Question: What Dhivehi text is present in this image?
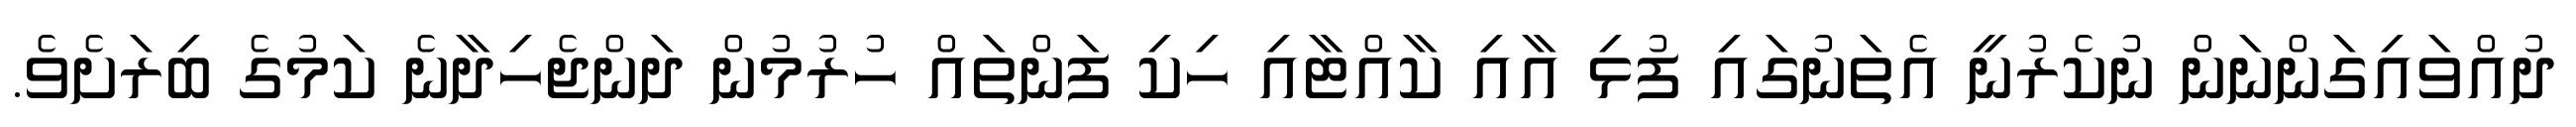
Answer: ދުއްވައިގަންނަން ނުކެރުނީ އެތަނުގައި ފުޅި އާއި ކާއްޓާއި ހިކި ފަންތައް ހުރުމުން ދަންޖެހިދާނެ ކަމުގެ ބިރަށެވެ.